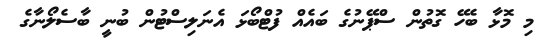
މި މޮޅާ ބެހޭ ގޮތުން ސްޕޭނުގެ ބައެއް ފުޓްބޯޅަ އެނަލިސްޓުން ބުނީ ބާސެލޯނާގެ